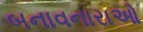
બનાવનારાઓ